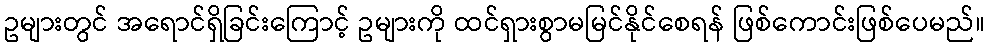
ဥများတွင် အရောင်ရှိခြင်းကြောင့် ဥများကို ထင်ရှားစွာမမြင်နိုင်စေရန် ဖြစ်ကောင်းဖြစ်ပေမည်။